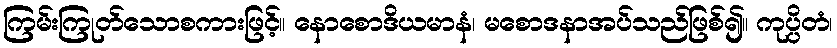
ကြမ်းကြုတ်သောစကားဖြင့်။ နောစောဒိယမာနံ၊ မစောဒနာအပ်သည်ဖြစ်၍။ ကုပ္ပိတံ၊